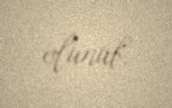
olunub.